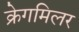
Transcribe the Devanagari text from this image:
क्रेगमिलर